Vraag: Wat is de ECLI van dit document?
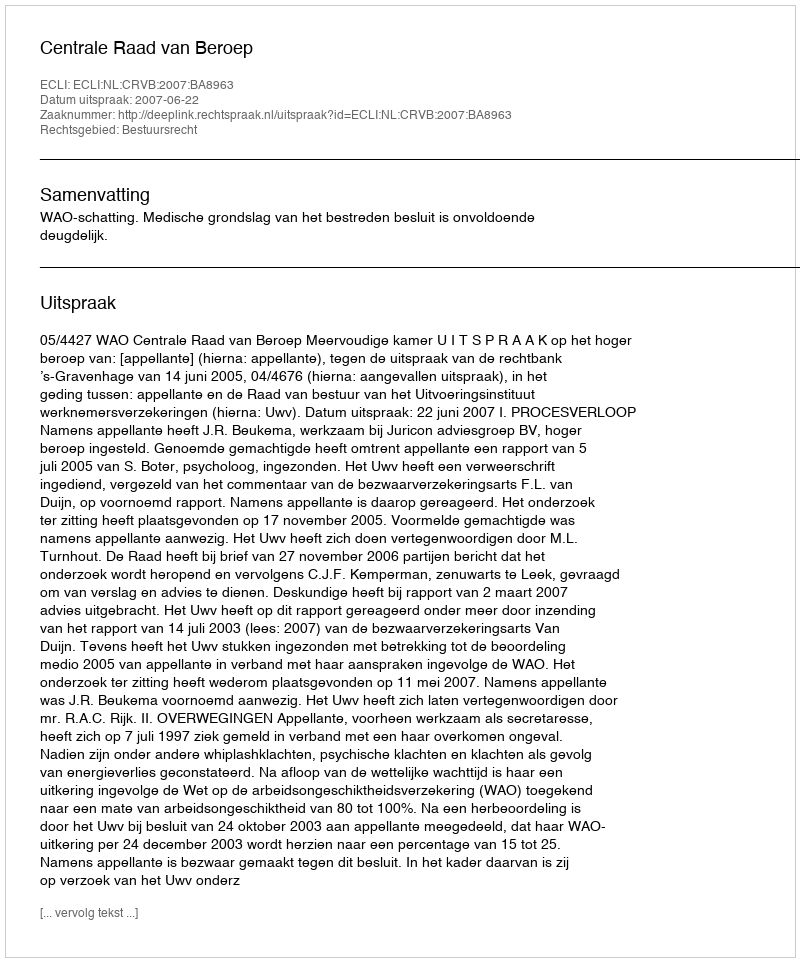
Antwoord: ECLI:NL:CRVB:2007:BA8963